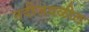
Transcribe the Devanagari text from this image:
नदीजवळील